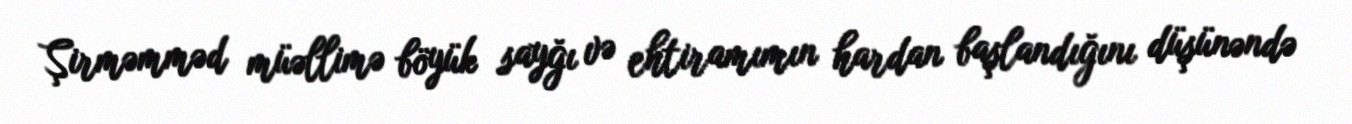
Şirməmməd müəllimə böyük sayğı və ehtiramımın hardan başlandığını düşünəndə